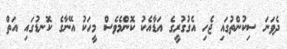
ދެވަނަ ސިކުންތުގައި ޖެހި އެގުގުރީގެ އަޑާއެކު ކޮންމެވެސް މީހަކު އޭނާގެ ކޮނޑުގައި އަތް